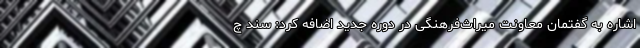
اشاره به گفتمان معاونت میراث‌فرهنگی در دوره جدید اضافه کرد: سند چ